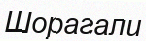
Шорагали